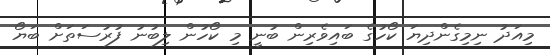
މިއަދު ނިމިގެންދިޔަ ކޯހުގެ ބައިވެރިން ބުނީ މި ކޯހުން ލިބުނު ފުރުސަތަށް ބަޔޯ